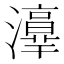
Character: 𤂸